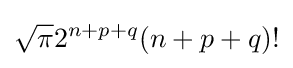
{\sqrt {\pi }}2^{n+p+q}(n+p+q)!